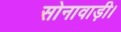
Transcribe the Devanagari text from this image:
सोनावाड़ी।